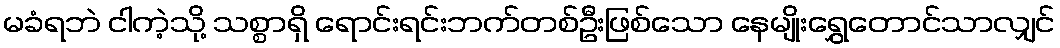
မခံရဘဲ ငါကဲ့သို့ သစ္စာရှိ ရောင်းရင်းဘက်တစ်ဦးဖြစ်သော နေမျိုးရွှေတောင်သာလျှင်